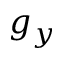
g _ { y }